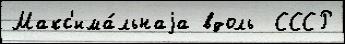
Макс'има́льнаjа вдоль  СССР